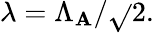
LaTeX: \lambda=\Lambda_{\mathbf{A}}/\sqrt{}{{2}}.